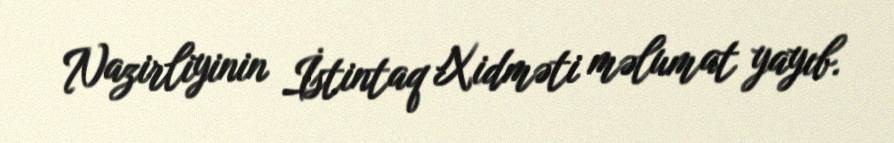
Nazirliyinin İstintaq Xidməti məlumat yayıb.